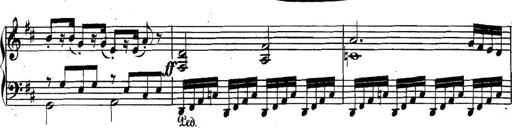
Title: Collected Piano Sonatas
Composer: Muzio Clementi